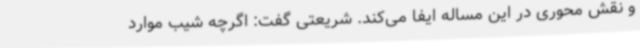
و نقش محوری در این مساله ایفا می‌کند. شریعتی گفت: اگرچه شیب موارد